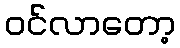
ဝင်လာတော့